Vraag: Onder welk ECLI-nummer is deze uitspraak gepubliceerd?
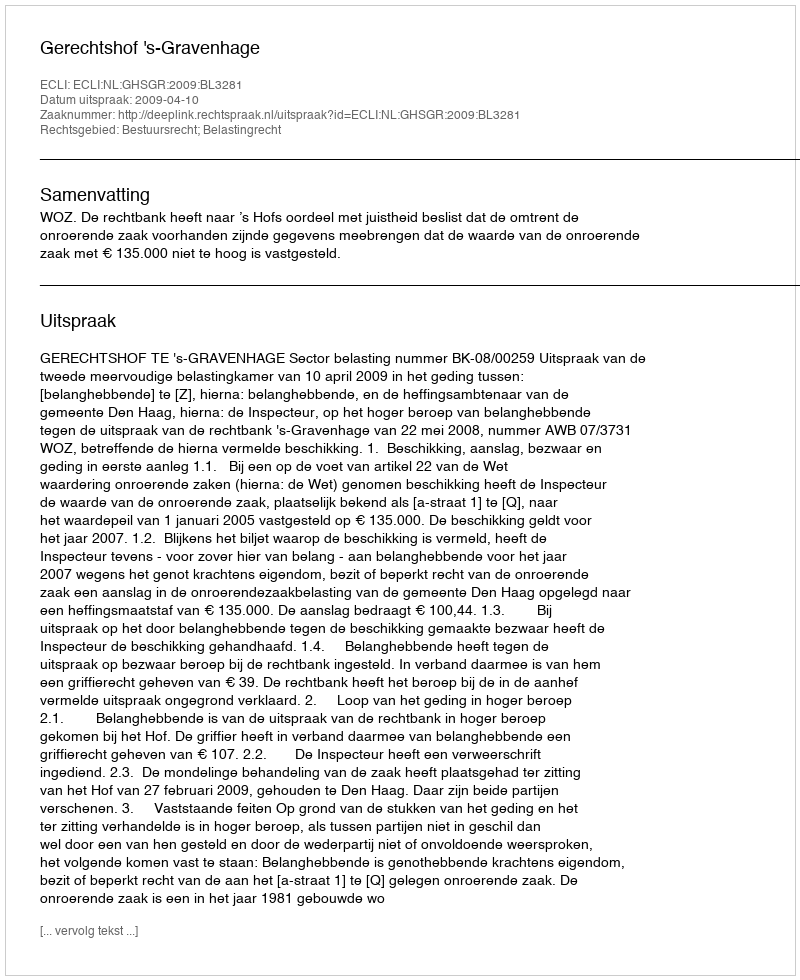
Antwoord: ECLI:NL:GHSGR:2009:BL3281